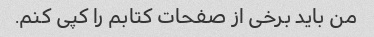
من باید برخی از صفحات کتابم را کپی کنم.